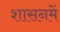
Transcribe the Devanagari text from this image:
शासनमें